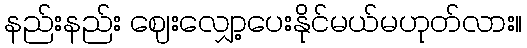
နည်းနည်း ဈေးလျှော့ပေးနိုင်မယ်မဟုတ်လား။